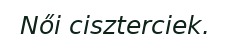
Női ciszterciek.